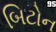
બિટોન